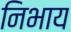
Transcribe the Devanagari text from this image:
निभाय